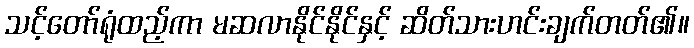
သင့်တော်ရုံထည့်ကာ မဆလာနိုင်နိုင်နှင့် ဆိတ်သားဟင်းချက်တတ်၏။